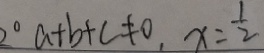
2 ^ { \circ } a + b + c \neq 0 , x = \frac { 1 } { 2 }